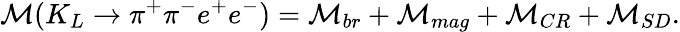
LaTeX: \mathcal{M}(K_{L}\rightarrow\pi^{+}\pi^{-}e^{+}e^{-})=\mathcal{M}_{br}+\mathcal{M}_{mag}+\mathcal{M}_{CR}+\mathcal{M}_{SD}.